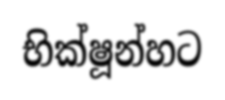
භික්ෂූන්හට